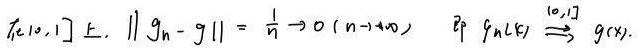
在$[0,1]$上，$\| g_n - g \| = \frac{1}{n} \to 0\ (n \to \infty)$，即$g_n \xrightarrow{[0,1]} g(x)$。